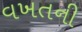
વખતની